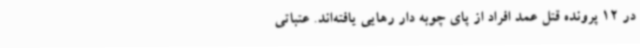
در 12 پرونده قتل عمد افراد از پای چوبه دار رهایی یافته‌اند. عتباتی